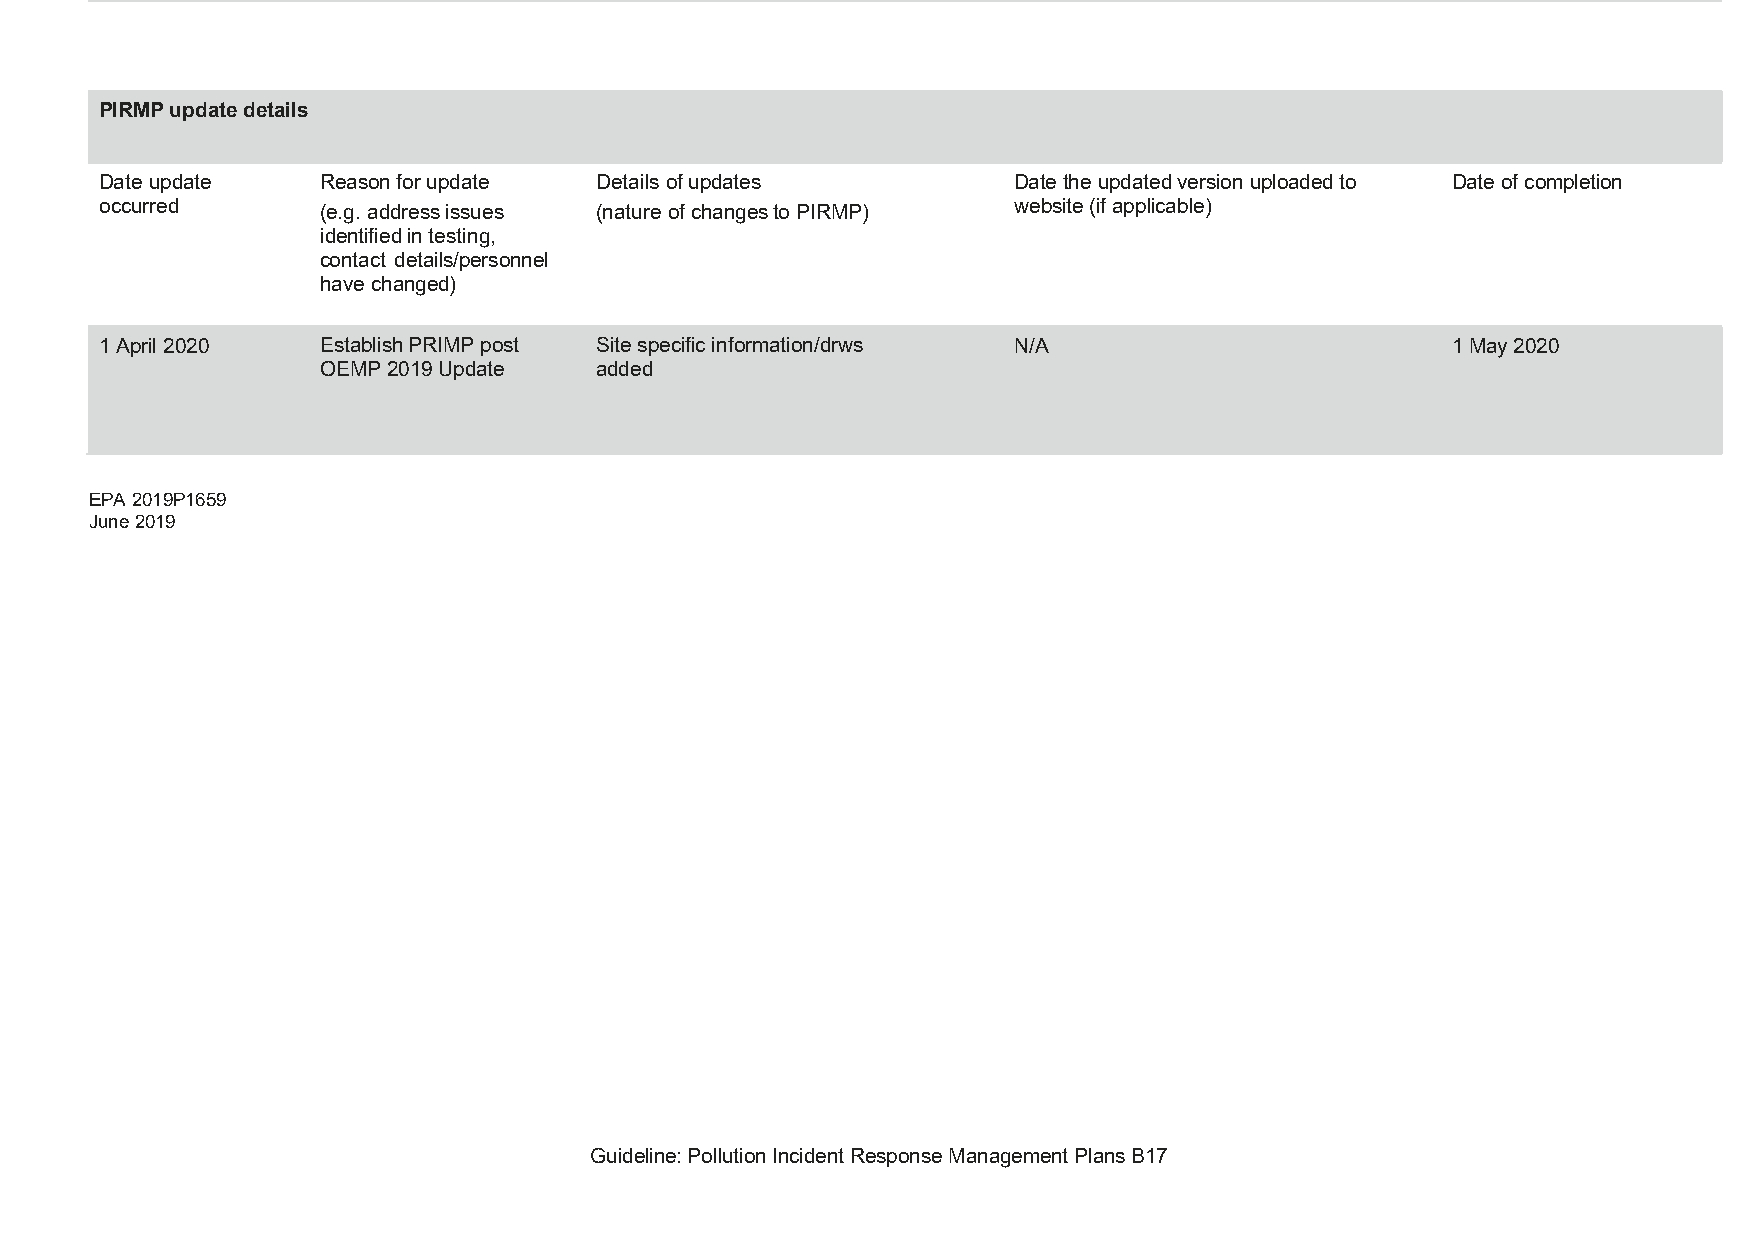
PIRMP update details
 Date update   Reason for update Details of updates          Date the updated version uploaded to Date of completion
 occurred                                                    website (if applicable)
 (e.g. address issues (nature of changes to PIRMP)
 identified in testing,
 contact details/personnel
 have changed)
 1 April 2020  Establish PRIMP post Site specific information/drws N/A                    1 May 2020
 OEMP 2019 Update  added
 EPA 2019P1659
 June 2019
 Guideline: Pollution Incident Response Management Plans B17